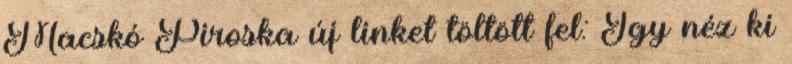
Macskó Piroska új linket töltött fel: Így néz ki